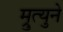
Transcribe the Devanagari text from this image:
म्रुत्युने